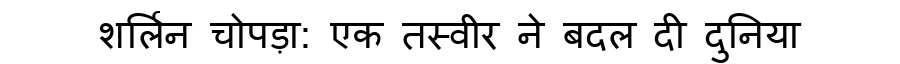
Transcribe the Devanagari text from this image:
शर्लिन चोपड़ा: एक तस्वीर ने बदल दी दुनिया